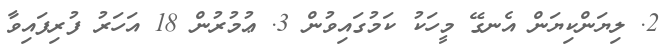
2. ލިޔަންކިޔަން އެނގޭ މީހަކު ކަމުގައިވުން 3. ޢުމުރުން 18 އަހަރު ފުރިފައިވާ